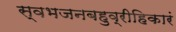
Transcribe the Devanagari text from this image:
स्वभजनबहुव्रीहिकारं